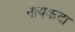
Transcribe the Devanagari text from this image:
नायकदा